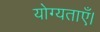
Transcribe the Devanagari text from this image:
योग्यताएँ।